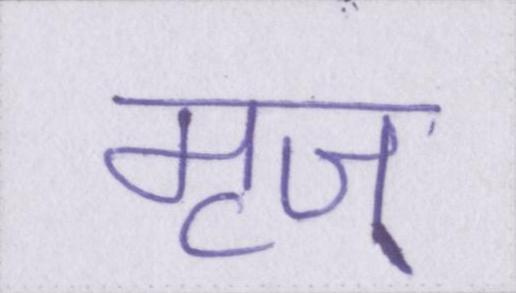
मृज्